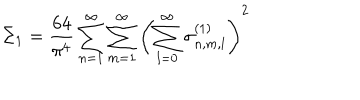
\Sigma _ { 1 } = \frac { 6 4 } { \pi ^ { 4 } } \sum _ { n = 1 } ^ { \infty } \sum _ { m = 1 } ^ { \infty } \left( \sum _ { l = 0 } ^ { \infty } \sigma _ { n , m , l } ^ { ( 1 ) } \right) ^ { 2 }